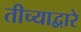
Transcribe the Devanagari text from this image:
तीच्याद्वारे